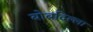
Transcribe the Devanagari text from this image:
बोबदिल्ला